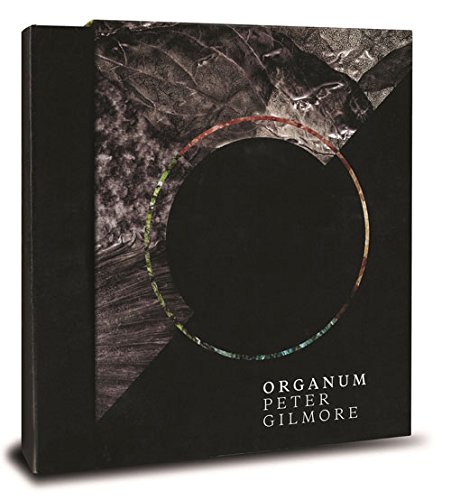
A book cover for Organum: Nature Texture Intensity Purity; Peter Gilmore; Cookbooks, Food & Wine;